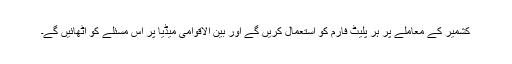
کشمیر کے معاملے پر ہر پلیٹ فارم کو استعمال کریں گے اور بین الاقوامی میڈیا پر اس مسئلے کو اٹھائیں گے۔